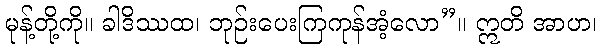
မုန့်တို့ကို။ ခါဒိဿထ၊ ဘုဉ်းပေးကြကုန်အံ့လော”။ ဣတိ အာဟ၊